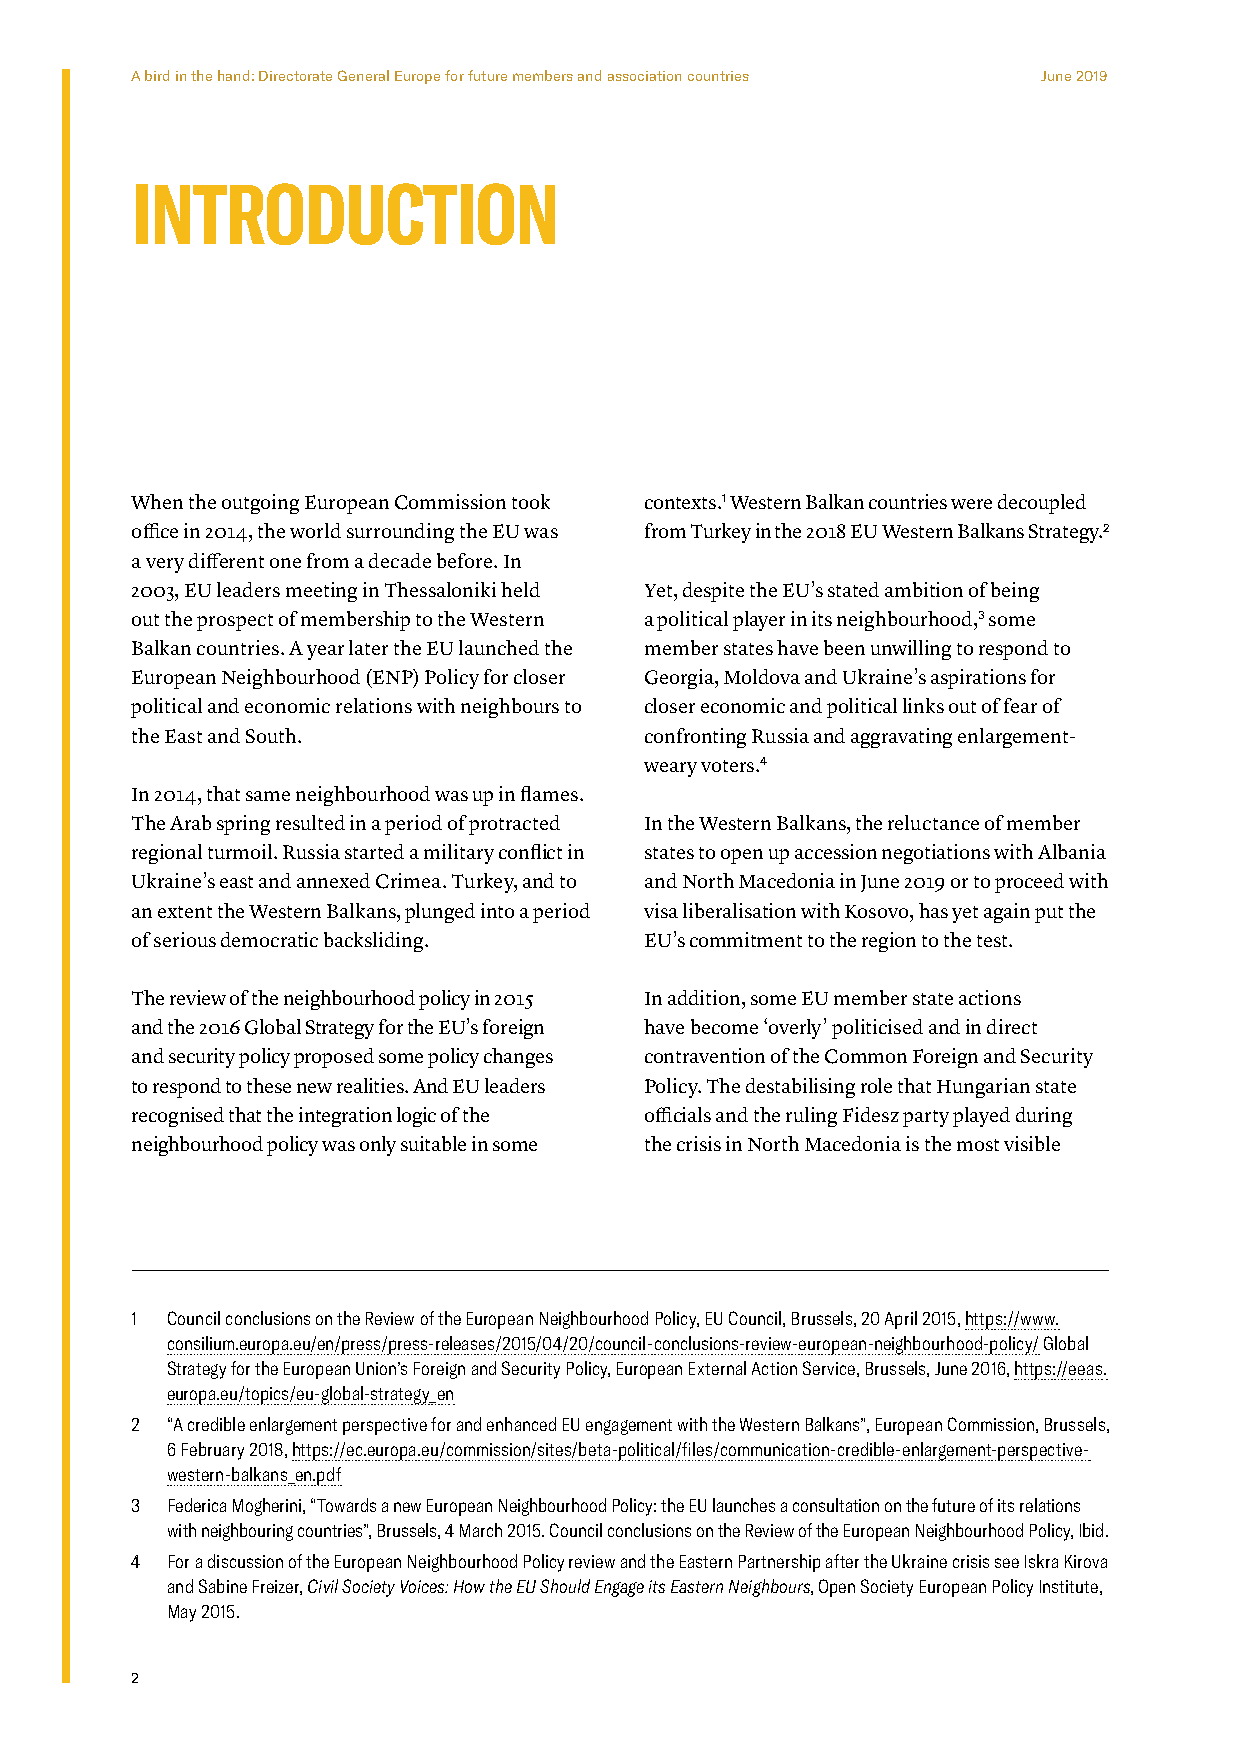
A bird in the hand: Directorate General Europe for future members and association countries June 2019
 INTRODUCTION
 When the outgoing European Commission took contexts.1 Western Balkan countries were decoupled
 office in 2014, the world surrounding the EU was from Turkey in the 2018 EU Western Balkans Strategy.2
 a very different one from a decade before. In
 2003, EU leaders meeting in Thessaloniki held Yet, despite the EU’s stated ambition of being
 out the prospect of membership to the Western a political player in its neighbourhood,3 some
 Balkan countries. A year later the EU launched the member states have been unwilling to respond to
 European Neighbourhood (ENP) Policy for closer Georgia, Moldova and Ukraine’s aspirations for
 political and economic relations with neighbours to closer economic and political links out of fear of
 the East and South.               confronting Russia and aggravating enlargement-
 weary voters.4
 In 2014, that same neighbourhood was up in flames.
 The Arab spring resulted in a period of protracted In the Western Balkans, the reluctance of member
 regional turmoil. Russia started a military conflict in states to open up accession negotiations with Albania
 Ukraine’s east and annexed Crimea. Turkey, and to and North Macedonia in June 2019 or to proceed with
 an extent the Western Balkans, plunged into a period visa liberalisation with Kosovo, has yet again put the
 of serious democratic backsliding. EU’s commitment to the region to the test.
 The review of the neighbourhood policy in 2015 In addition, some EU member state actions
 and the 2016 Global Strategy for the EU’s foreign have become ‘overly’ politicised and in direct
 and security policy proposed some policy changes contravention of the Common Foreign and Security
 to respond to these new realities. And EU leaders Policy. The destabilising role that Hungarian state
 recognised that the integration logic of the officials and the ruling Fidesz party played during
 neighbourhood policy was only suitable in some the crisis in North Macedonia is the most visible
 1 Council conclusions on the Review of the European Neighbourhood Policy, EU Council, Brussels, 20 April 2015, https://www.
 consilium.europa.eu/en/press/press-releases/2015/04/20/council-conclusions-review-european-neighbourhood-policy/ Global
 Strategy for the European Union’s Foreign and Security Policy, European External Action Service, Brussels, June 2016, https://eeas.
 europa.eu/topics/eu-global-strategy_en
 2 “A credible enlargement perspective for and enhanced EU engagement with the Western Balkans”, European Commission, Brussels,
 6 February 2018, https://ec.europa.eu/commission/sites/beta-political/files/communication-credible-enlargement-perspective-
 western-balkans_en.pdf
 3 Federica Mogherini, “Towards a new European Neighbourhood Policy: the EU launches a consultation on the future of its relations
 with neighbouring countries”, Brussels, 4 March 2015. Council conclusions on the Review of the European Neighbourhood Policy, Ibid.
 4 For a discussion of the European Neighbourhood Policy review and the Eastern Partnership after the Ukraine crisis see Iskra Kirova
 and Sabine Freizer, Civil Society Voices: How the EU Should Engage its Eastern Neighbours, Open Society European Policy Institute,
 May 2015.
 2